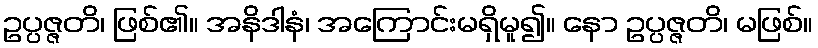
ဥပ္ပဇ္ဇတိ၊ ဖြစ်၏။ အနိဒါနံ၊ အကြောင်းမရှိမူ၍။ နော ဥပ္ပဇ္ဇတိ၊ မဖြစ်။